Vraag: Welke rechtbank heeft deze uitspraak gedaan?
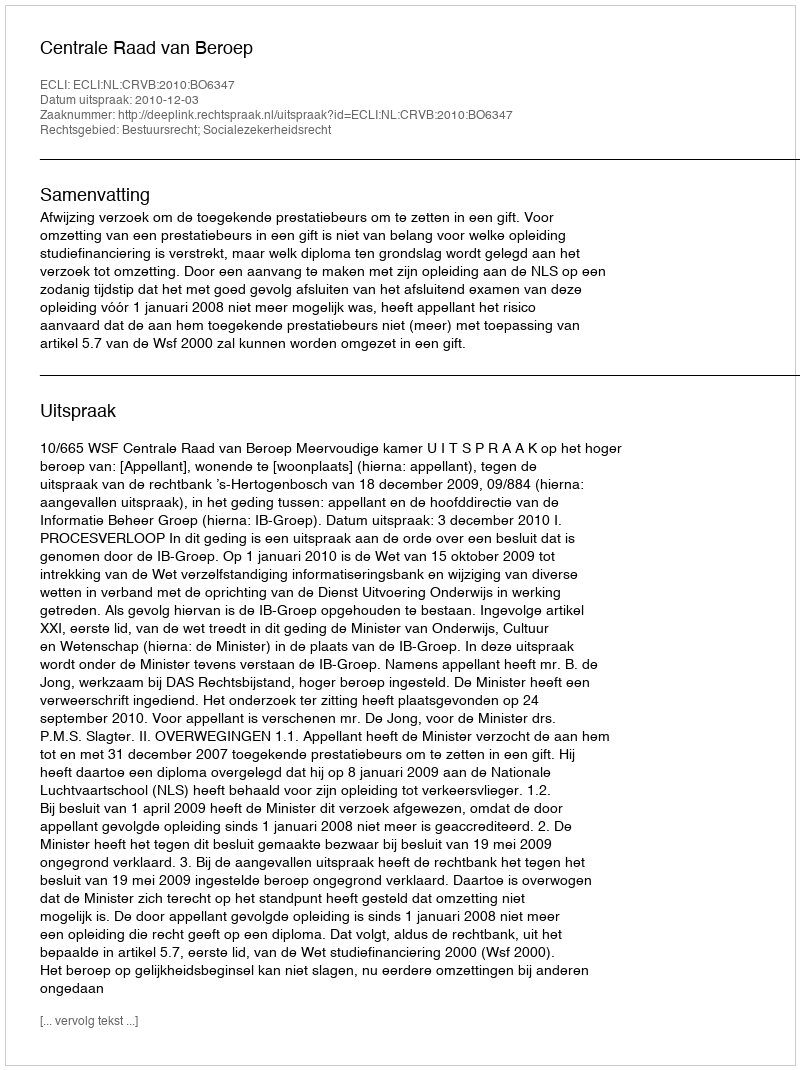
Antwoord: Centrale Raad van Beroep